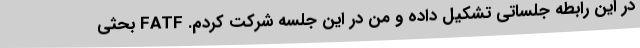
در این رابطه جلساتی تشکیل داده و من در این جلسه شرکت کردم. FATF بحثی